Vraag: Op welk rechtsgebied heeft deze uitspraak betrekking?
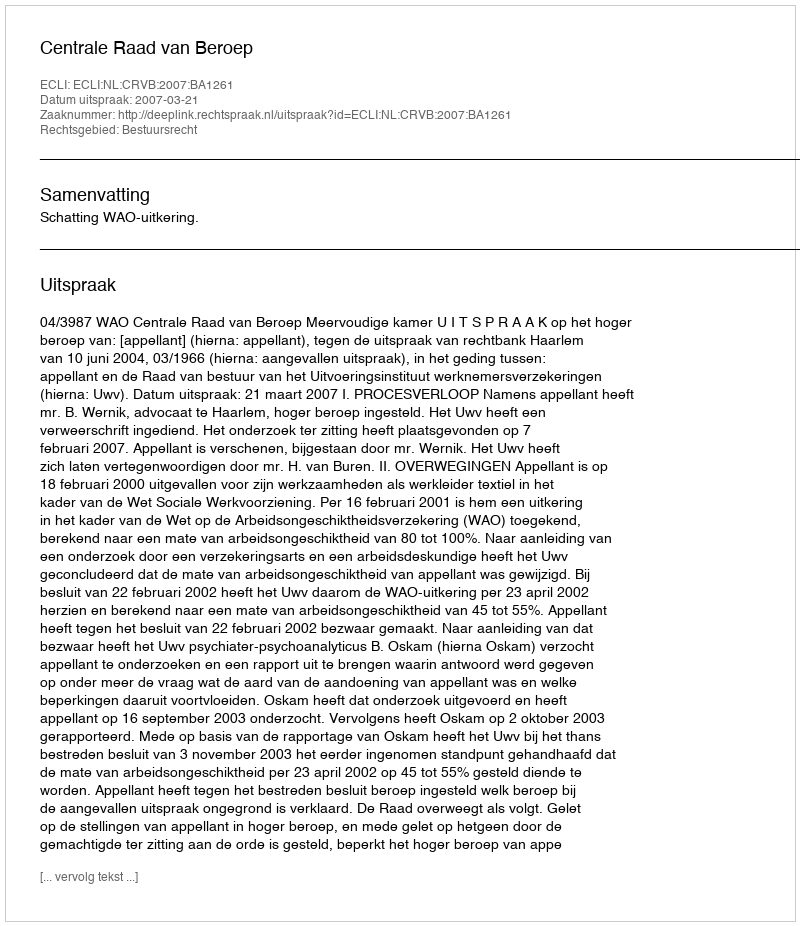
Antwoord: Bestuursrecht